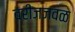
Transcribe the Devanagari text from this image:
ब्रीजजवळ